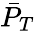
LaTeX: \bar{P}_{T}